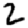
Digit: 2